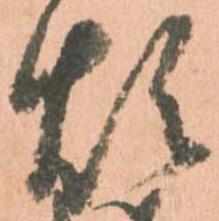
煩